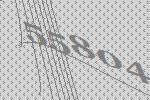
55804